Document type: Sale
Year: 1354
Scribe: Bernat de Torre
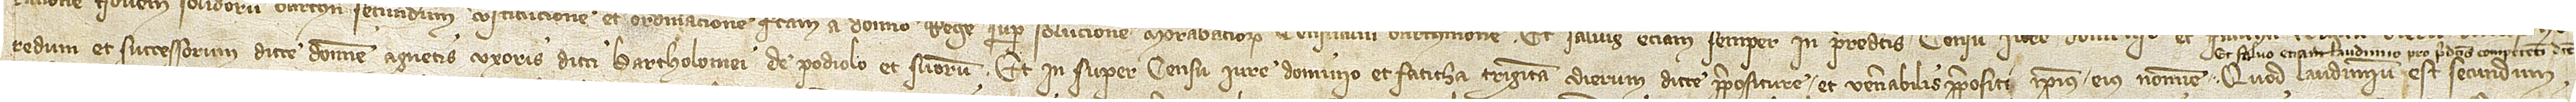
redum et successorum dicte domine Agnetis, uxoris dicti Bartholomei de Podiolo, et suorum, et in super censu, iure, dominio et faticha triginta dierum dicte prepositure et venerabilis prepositi ipsius eius nomine. Quod laudimium est secundum